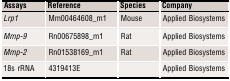
| Assays | Reference | Species | Company |
 | --- | --- | --- | --- |
 | Lrp1 | Mm00464608_m1 | Mouse | Applied Biosystems |
 | Mmp‐9 | Rn00675898_m1 | Rat | Applied Biosystems |
 | Mmp‐2 | Rn01538169_m1 | Rat | Applied Biosystems |
 | 18s rRNA | 4319413E |  | Applied Biosystems |